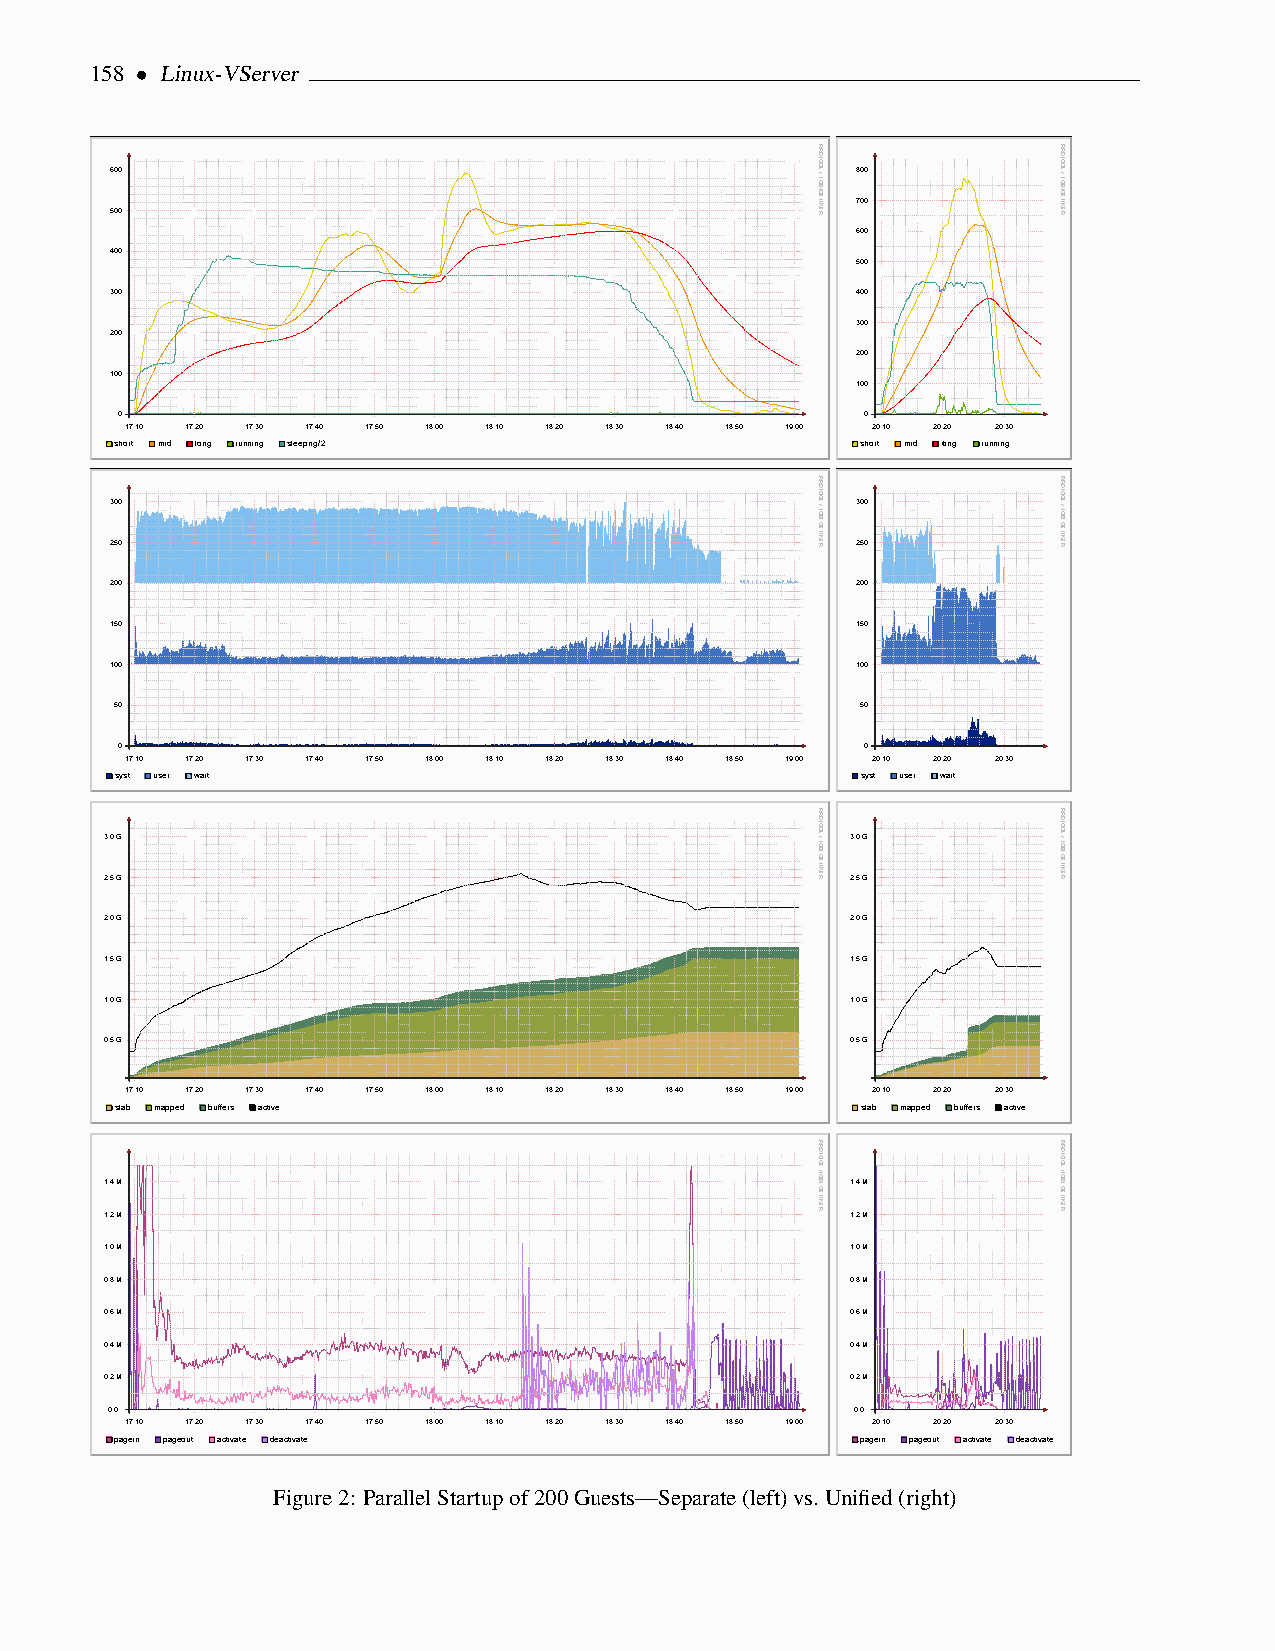
158 • Linux-VServer
 600                                               800
 700
 500
 600
 400
 500
 300                                               400
 300
 200
 200
 100
 100
 0                                                0
 17:10 17:20 17:30 17:40 17:50 18:00 18:10 18:20 18:30 18:40 18:50 19:00 20:10 20:20 20:30
 short mid long running sleeping/2                short mid long running
 300                                               300
 250                                               250
 200                                               200
 150                                               150
 100                                               100
 50                                               50
 0                                                0
 17:10 17:20 17:30 17:40 17:50 18:00 18:10 18:20 18:30 18:40 18:50 19:00 20:10 20:20 20:30
 syst user wait                                   syst user wait
 3.0 G                                            3.0 G
 2.5 G                                            2.5 G
 2.0 G                                            2.0 G
 1.5 G                                            1.5 G
 1.0 G                                            1.0 G
 0.5 G                                            0.5 G
 17:10 17:20 17:30 17:40 17:50 18:00 18:10 18:20 18:30 18:40 18:50 19:00 20:10 20:20 20:30
 slab mapped buffers active                       slab mapped buffers active
 1.4 M                                            1.4 M
 1.2 M                                            1.2 M
 1.0 M                                            1.0 M
 0.8 M                                            0.8 M
 0.6 M                                            0.6 M
 0.4 M                                            0.4 M
 0.2 M                                            0.2 M
 0.0                                               0.0
 17:10 17:20 17:30 17:40 17:50 18:00 18:10 18:20 18:30 18:40 18:50 19:00 20:10 20:20 20:30
 pagein pageout activate deactivate               pagein pageout activate deactivate
 Figure2: ParallelStartupof200Guests—Separate(left)vs.Unified(right)
 RRDTOOL
 / TOBI
 OETIKER
 RRDTOOL
 / TOBI
 OETIKER
 RRDTOOL
 / TOBI
 OETIKER
 RRDTOOL
 / TOBI
 OETIKER
 RRDTOOL
 / TOBI
 OETIKER
 RRDTOOL
 / TOBI
 OETIKER
 RRDTOOL
 / TOBI
 OETIKER
 RRDTOOL
 / TOBI
 OETIKER